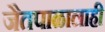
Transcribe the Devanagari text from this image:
जैतपाळालाही